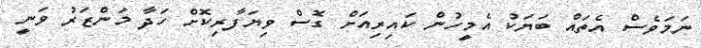
ނަމަވެސް އެތައް ބަޔަކު އެމީހުން ކައިރިއަށް ގޮސް ވިޔަފާރިކޮށް ހަދާ މަންޒަރު ވަނީ